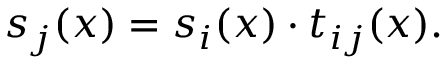
s _ { j } ( x ) = s _ { i } ( x ) \cdot t _ { i j } ( x ) .